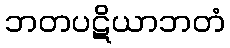
ဘတပဋိယာဘတံ